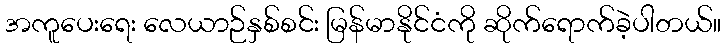
အကူပေးရေး လေယာဉ်နှစ်စင်း မြန်မာနိုင်ငံကို ဆိုက်ရောက်ခဲ့ပါတယ်။